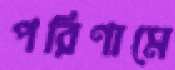
পরিণামে